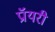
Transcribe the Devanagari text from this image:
प्रॉयरी